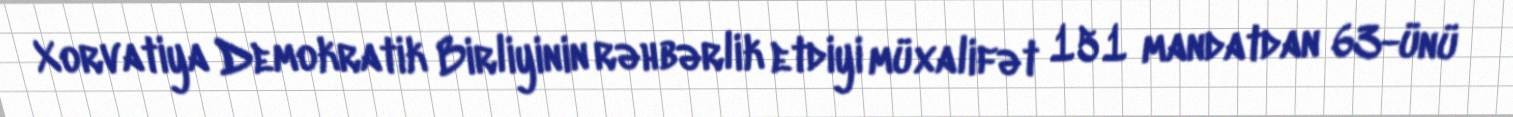
Xorvatiya Demokratik Birliyinin rəhbərlik etdiyi müxalifət 151 mandatdan 63-ünü